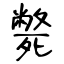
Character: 斃